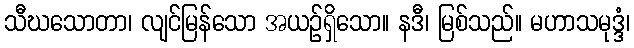
သီဃသောတာ၊ လျင်မြန်သော အယဉ်ရှိသော။ နဒီ၊ မြစ်သည်။ မဟာသမုဒ္ဒံ၊